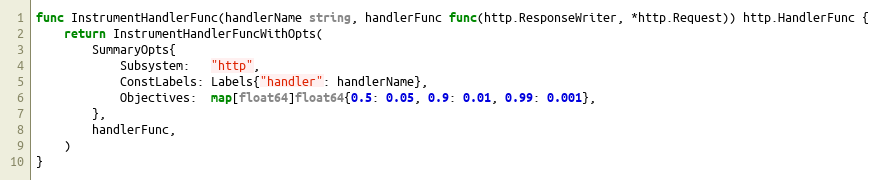
Language: Go
func InstrumentHandlerFunc(handlerName string, handlerFunc func(http.ResponseWriter, *http.Request)) http.HandlerFunc {
	return InstrumentHandlerFuncWithOpts(
		SummaryOpts{
			Subsystem:   "http",
			ConstLabels: Labels{"handler": handlerName},
			Objectives:  map[float64]float64{0.5: 0.05, 0.9: 0.01, 0.99: 0.001},
		},
		handlerFunc,
	)
}